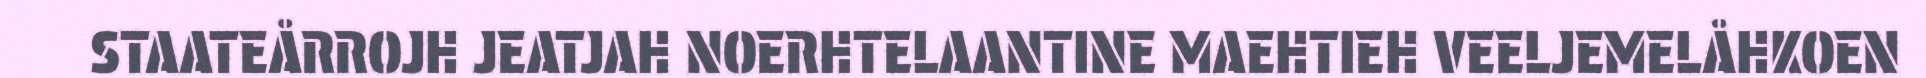
STAATEÅRROJH JEATJAH NOERHTELAANTINE MAEHTIEH VEELJEMELÅHKOEN